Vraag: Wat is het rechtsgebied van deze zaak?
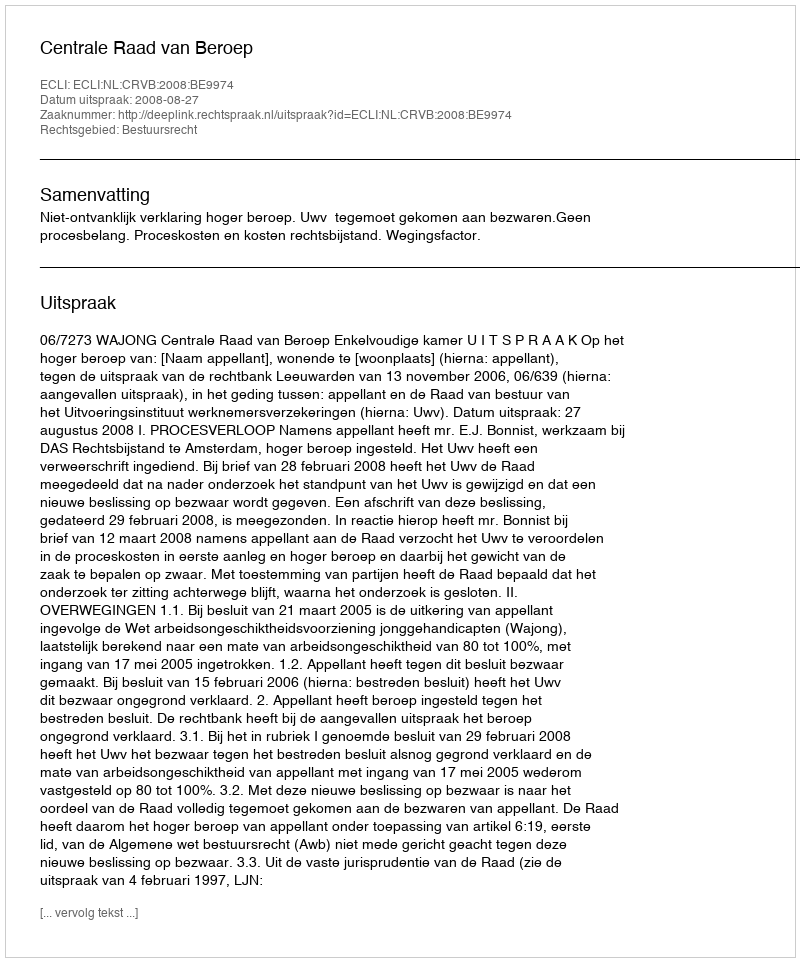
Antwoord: Bestuursrecht